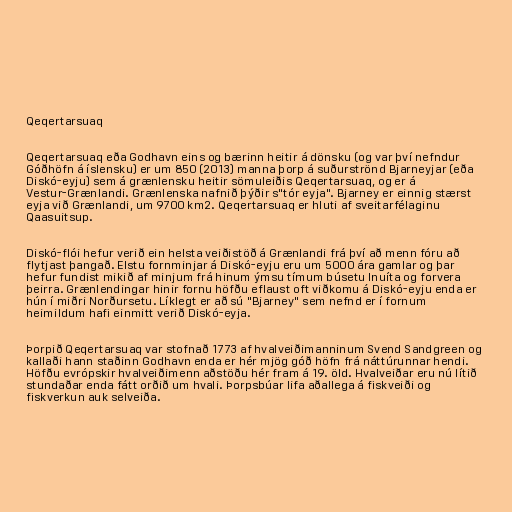
Qeqertarsuaq

Qeqertarsuaq eða Godhavn eins og bærinn heitir á dönsku (og var því nefndur
Góðhöfn á íslensku) er um 850 (2013) manna þorp á suðurströnd Bjarneyjar (eða
Diskó-eyju) sem á grænlensku heitir sömuleiðis Qeqertarsuaq, og er á
Vestur-Grænlandi. Grænlenska nafnið þýðir s"tór eyja". Bjarney er einnig stærst
eyja við Grænlandi, um 9700 km2. Qeqertarsuaq er hluti af sveitarfélaginu
Qaasuitsup.

Diskó-flói hefur verið ein helsta veiðistöð á Grænlandi frá því að menn fóru að
flytjast þangað. Elstu fornminjar á Diskó-eyju eru um 5000 ára gamlar og þar
hefur fundist mikið af minjum frá hinum ýmsu tímum búsetu Inuíta og forvera
þeirra. Grænlendingar hinir fornu höfðu eflaust oft viðkomu á Diskó-eyju enda er
hún í miðri Norðursetu. Líklegt er að sú "Bjarney" sem nefnd er í fornum
heimildum hafi einmitt verið Diskó-eyja.

Þorpið Qeqertarsuaq var stofnað 1773 af hvalveiðimanninum Svend Sandgreen og
kallaði hann staðinn Godhavn enda er hér mjög góð höfn frá náttúrunnar hendi.
Höfðu evrópskir hvalveiðimenn aðstöðu hér fram á 19. öld. Hvalveiðar eru nú lítið
stundaðar enda fátt orðið um hvali. Þorpsbúar lifa aðallega á fiskveiði og
fiskverkun auk selveiða.